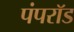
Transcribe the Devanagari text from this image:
पंपरॉड